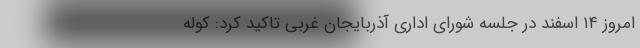
امروز ۱۴ اسفند در جلسه شورای اداری آذربایجان غربی تاکید کرد: کوله